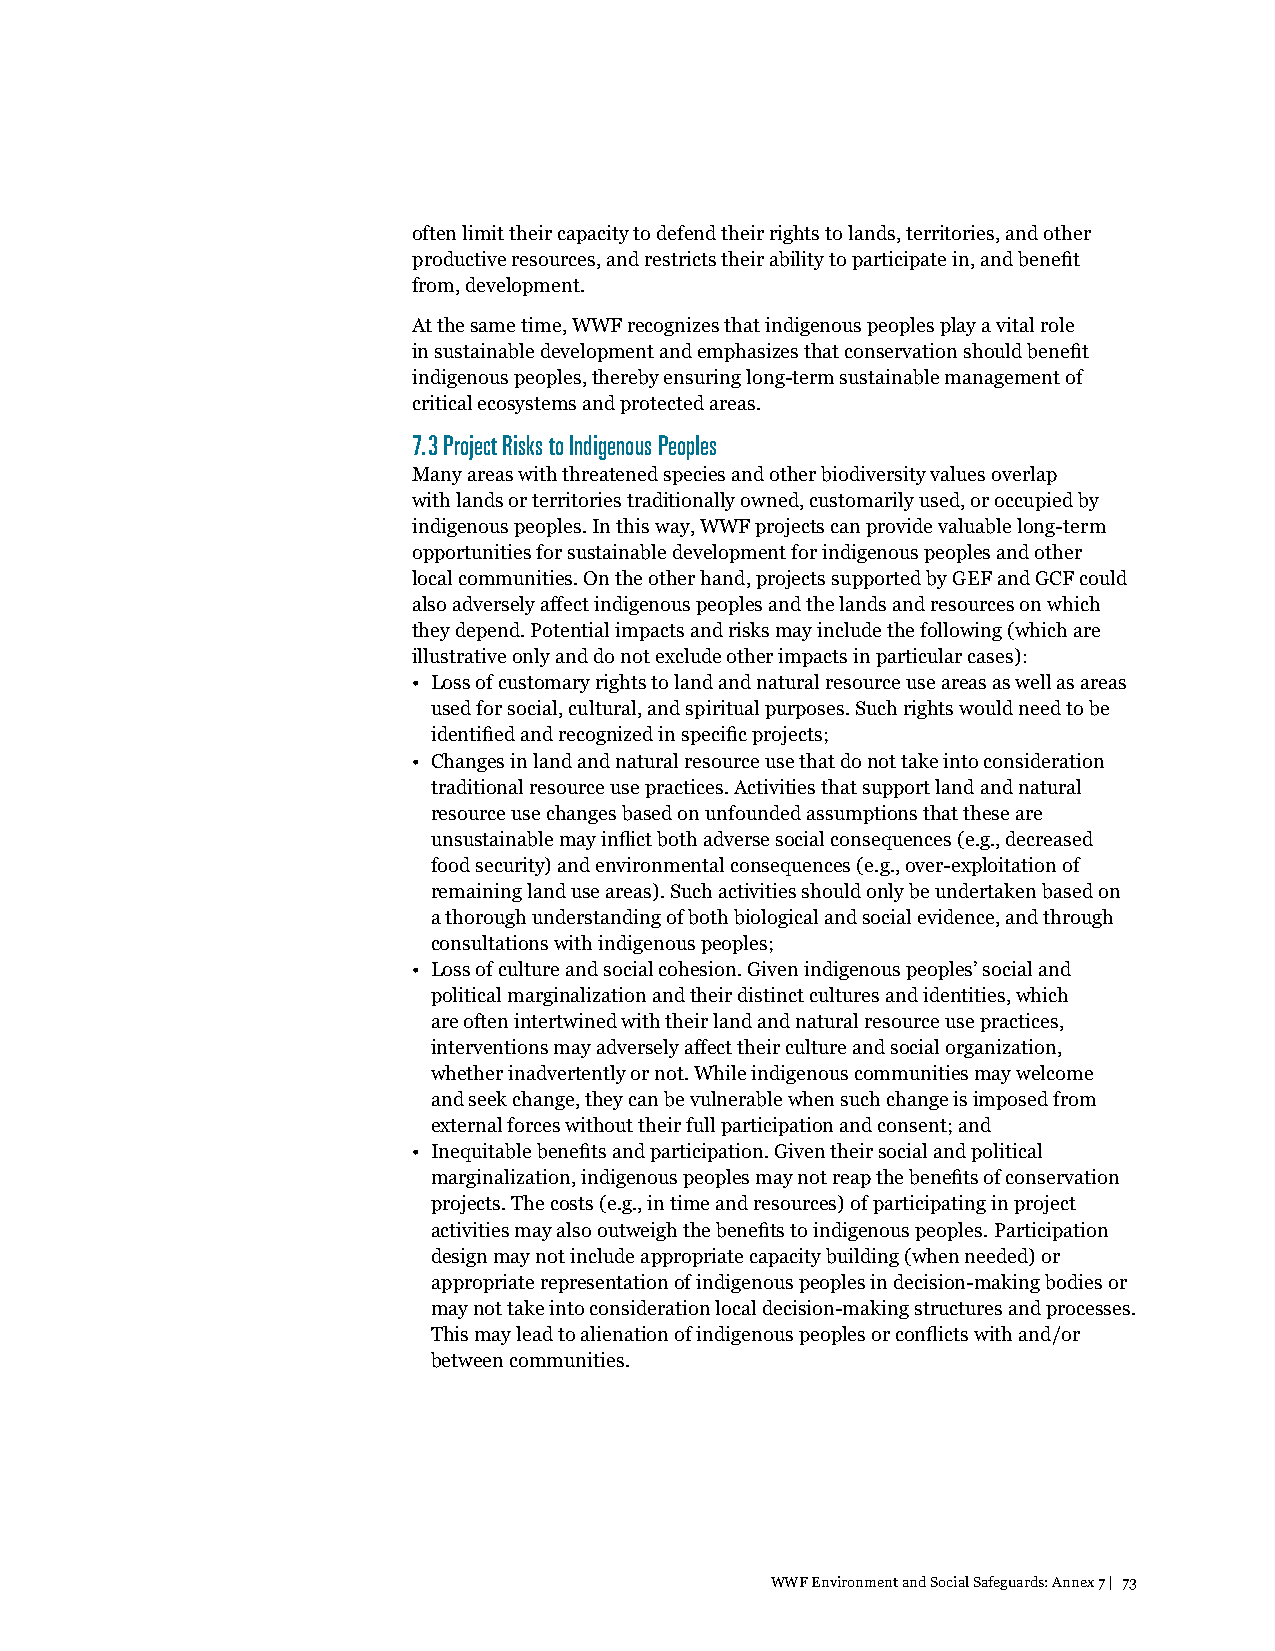
often limit their capacity to defend their rights to lands, territories, and other
 productive resources, and restricts their ability to participate in, and benefit
 from, development.
 At the same time, WWF recognizes that indigenous peoples play a vital role
 in sustainable development and emphasizes that conservation should benefit
 indigenous peoples, thereby ensuring long-term sustainable management of
 critical ecosystems and protected areas.
 7.3 Project Risks to Indigenous Peoples
 Many areas with threatened species and other biodiversity values overlap
 with lands or territories traditionally owned, customarily used, or occupied by
 indigenous peoples. In this way, WWF projects can provide valuable long-term
 opportunities for sustainable development for indigenous peoples and other
 local communities. On the other hand, projects supported by GEF and GCF could
 also adversely affect indigenous peoples and the lands and resources on which
 they depend. Potential impacts and risks may include the following (which are
 illustrative only and do not exclude other impacts in particular cases):
 • Loss of customary rights to land and natural resource use areas as well as areas
 used for social, cultural, and spiritual purposes. Such rights would need to be
 identified and recognized in specific projects;
 • Changes in land and natural resource use that do not take into consideration
 traditional resource use practices. Activities that support land and natural
 resource use changes based on unfounded assumptions that these are
 unsustainable may inflict both adverse social consequences (e.g., decreased
 food security) and environmental consequences (e.g., over-exploitation of
 remaining land use areas). Such activities should only be undertaken based on
 a thorough understanding of both biological and social evidence, and through
 consultations with indigenous peoples;
 • Loss of culture and social cohesion. Given indigenous peoples’ social and
 political marginalization and their distinct cultures and identities, which
 are often intertwined with their land and natural resource use practices,
 interventions may adversely affect their culture and social organization,
 whether inadvertently or not. While indigenous communities may welcome
 and seek change, they can be vulnerable when such change is imposed from
 external forces without their full participation and consent; and
 • Inequitable benefits and participation. Given their social and political
 marginalization, indigenous peoples may not reap the benefits of conservation
 projects. The costs (e.g., in time and resources) of participating in project
 activities may also outweigh the benefits to indigenous peoples. Participation
 design may not include appropriate capacity building (when needed) or
 appropriate representation of indigenous peoples in decision-making bodies or
 may not take into consideration local decision-making structures and processes.
 This may lead to alienation of indigenous peoples or conflicts with and/or
 between communities.
 WWF Environment and Social Safeguards: Annex 7 | 73